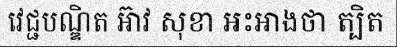
វេជ្ជបណ្ឌិត អ៊ាវ សុខា អះអាងថា ត្បិត